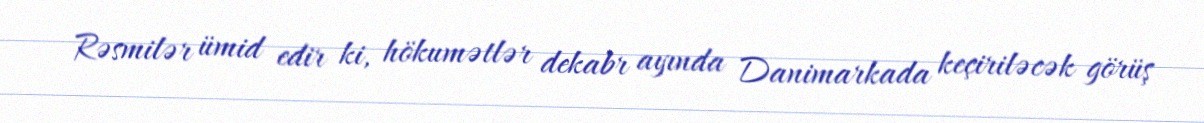
Rəsmilər ümid edir ki, hökumətlər dekabr ayında Danimarkada keçiriləcək görüş